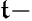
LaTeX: \mathfrak{t}-